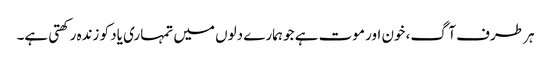
ہر طرف آگ، خون اور موت ہے جو ہمارے دلوں میں تمہاری یاد کو زندہ رکھتی ہے۔